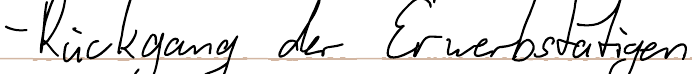
- Rückgang der Erwerbstätigen